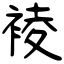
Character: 裬